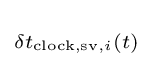
\scriptstyle \delta t_{{\text{clock,sv}},i}(t)